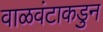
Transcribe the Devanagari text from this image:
वाळवंटाकडुन